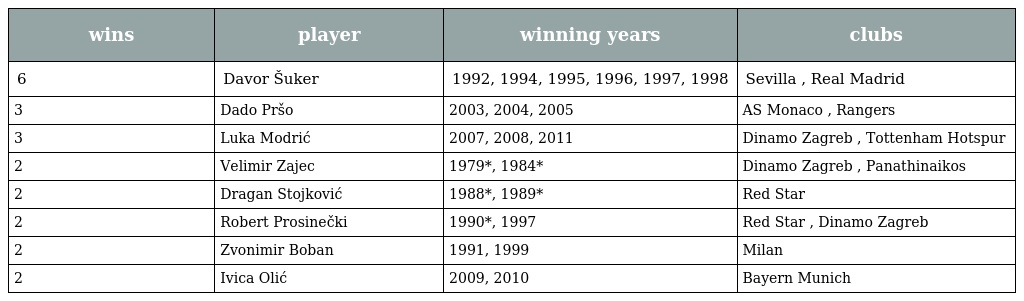
| wins | player | winning years | clubs |
 | --- | --- | --- | --- |
 | 6 | Davor Šuker | 1992, 1994, 1995, 1996, 1997, 1998 | Sevilla , Real Madrid |
 | 3 | Dado Pršo | 2003, 2004, 2005 | AS Monaco , Rangers |
 | 3 | Luka Modrić | 2007, 2008, 2011 | Dinamo Zagreb , Tottenham Hotspur |
 | 2 | Velimir Zajec | 1979*, 1984* | Dinamo Zagreb , Panathinaikos |
 | 2 | Dragan Stojković | 1988*, 1989* | Red Star |
 | 2 | Robert Prosinečki | 1990*, 1997 | Red Star , Dinamo Zagreb |
 | 2 | Zvonimir Boban | 1991, 1999 | Milan |
 | 2 | Ivica Olić | 2009, 2010 | Bayern Munich |